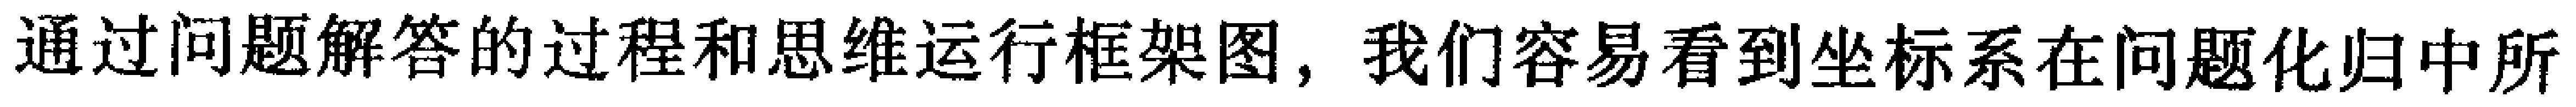
通过问题解答的过程和思维运行框架图，我们容易看到坐标系在问题化归中所